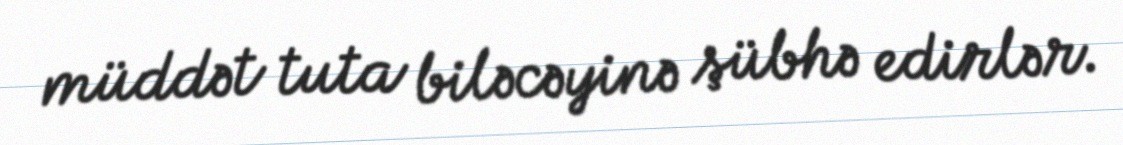
müddət tuta biləcəyinə şübhə edirlər.